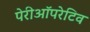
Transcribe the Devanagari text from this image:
पेरीऑपरेटिव